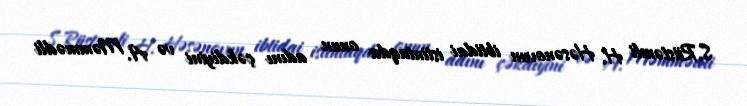
S.Rüstəmli H. Həsənovun ibtidai istintaqda onun adını çəkdiyini və A. Məmmədli